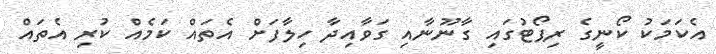
އެކަމަކު ކޯނީގެ ރިޕޯޓުގައި ގާނޫނާއި ގަވާއިދާ ހިލާފަށް އެތައް ކަމެއް ކުރި އެތައް